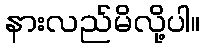
နားလည်မိလို့ပါ။